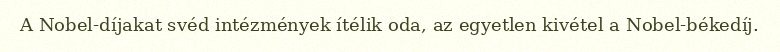
A Nobel-díjakat svéd intézmények ítélik oda, az egyetlen kivétel a Nobel-békedíj.